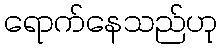
ရောက်နေသည်ဟု